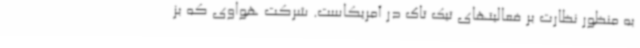
به منظور نظارت بر فعالیتهای تیک تاک در آمریکاست. شرکت هواوی که بز